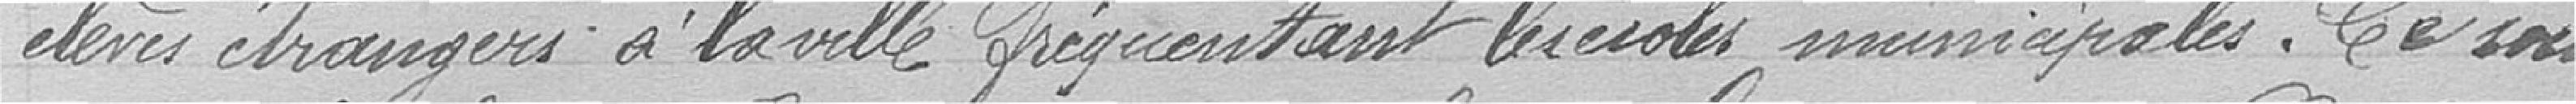
élèves étrangers à la ville fréquentant les écoles municipales. Ce sont